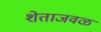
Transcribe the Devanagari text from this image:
शेताजवळ